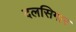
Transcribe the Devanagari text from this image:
दलसिगार